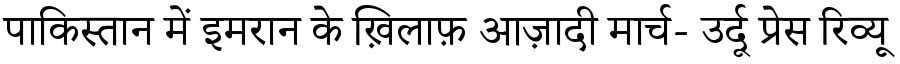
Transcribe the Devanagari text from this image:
पाकिस्तान में इमरान के ख़िलाफ़ आज़ादी मार्च- उर्दू प्रेस रिव्यू